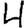
Digit: 4